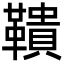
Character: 鞼